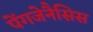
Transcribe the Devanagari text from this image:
पेंगजेनैसिस